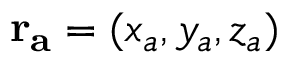
\mathbf { r _ { a } } = ( x _ { a } , y _ { a } , z _ { a } )